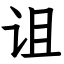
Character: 诅